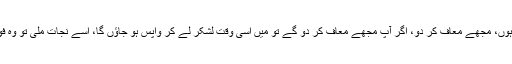
پیچو خان نے اس موقع پر کہا، اے عظیم ساحر میں معافی چاہتا ہوں، مجھے معاف کر دو، اگر آپ مجھے معاف کر دو گے تو میں اسی وقت لشکر لے کر واپس ہو جاؤں گا، اسے نجات ملی تو وہ فوراً لشکر لےکر واپس ہو گیا یوں اہل قونیہ اس افتاد سے بچ گئے۔